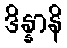
ဒိန္နာနိ